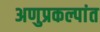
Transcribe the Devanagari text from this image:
अणुप्रकल्पांत